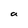
Character: a